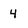
Character: 4